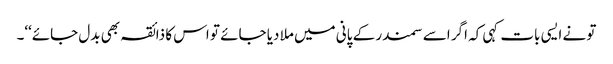
تو نے ایسی بات کہی کہ اگر اسے سمندر کے پانی میں ملا دیا جائے تو اس کا ذائقہ بھی بدل جائے‘‘۔